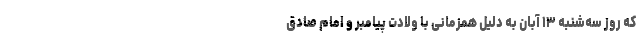
که روز سه‌شنبه ۱۳ آبان به دلیل همزمانی با ولادت پیامبر و امام صادق